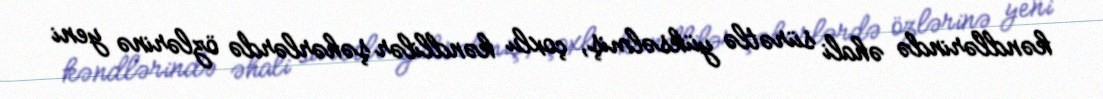
kəndlərində əhali sürətlə yüksəlmiş, çoxlu kəndlilər şəhərlərdə özlərinə yeni